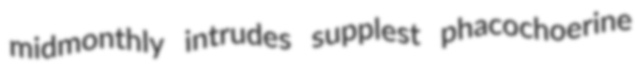
midmonthly intrudes supplest phacochoerine